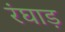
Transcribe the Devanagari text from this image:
रंघाड़